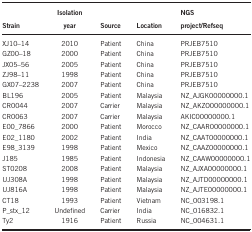
<table><thead><tr><td><b>Strain</b></td><td><b>Isolation year</b></td><td><b>Source</b></td><td><b>Location</b></td><td><b>NGS project/Refseq</b></td></tr></thead><tbody><tr><td>XJ10–14</td><td>2010</td><td>Patient</td><td>China</td><td>PRJEB7510</td></tr><tr><td>GZ00–18</td><td>2000</td><td>Patient</td><td>China</td><td>PRJEB7510</td></tr><tr><td>JX05–56</td><td>2005</td><td>Patient</td><td>China</td><td>PRJEB7510</td></tr><tr><td>ZJ98–11</td><td>1998</td><td>Patient</td><td>China</td><td>PRJEB7510</td></tr><tr><td>GX07–2238</td><td>2007</td><td>Patient</td><td>China</td><td>PRJEB7510</td></tr><tr><td>BL196</td><td>2005</td><td>Patient</td><td>Malaysia</td><td>NZ_AJGK00000000.1</td></tr><tr><td>CR0044</td><td>2007</td><td>Carrier</td><td>Malaysia</td><td>NZ_AKZO00000000.1</td></tr><tr><td>CR0063</td><td>2007</td><td>Carrier</td><td>Malaysia</td><td>AKIC00000000.1</td></tr><tr><td>E00_7866</td><td>2000</td><td>Patient</td><td>Morocco</td><td>NZ_CAAR00000000.1</td></tr><tr><td>E02_1180</td><td>2002</td><td>Patient</td><td>India</td><td>NZ_CAAT00000000.1</td></tr><tr><td>E98_3139</td><td>1998</td><td>Patient</td><td>Mexico</td><td>NZ_CAAZ00000000.1</td></tr><tr><td>J185</td><td>1985</td><td>Patient</td><td>Indonesia</td><td>NZ_CAAW00000000.1</td></tr><tr><td>ST0208</td><td>2008</td><td>Patient</td><td>Malaysia</td><td>NZ_AJXA00000000.1</td></tr><tr><td>UJ308A</td><td>1998</td><td>Patient</td><td>Malaysia</td><td>NZ_AJTD00000000.1</td></tr><tr><td>UJ816A</td><td>1998</td><td>Patient</td><td>Malaysia</td><td>NZ_AJTE00000000.1</td></tr><tr><td>CT18</td><td>1993</td><td>Patient</td><td>Vietnam</td><td>NC_003198.1</td></tr><tr><td>P_stx_12</td><td>Undefined</td><td>Carrier</td><td>India</td><td>NC_016832.1</td></tr><tr><td>Ty2</td><td>1916</td><td>Patient</td><td>Russia</td><td>NC_004631.1</td></tr></tbody></table>